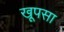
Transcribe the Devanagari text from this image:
खूपसा